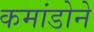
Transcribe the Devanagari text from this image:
कमांडोने